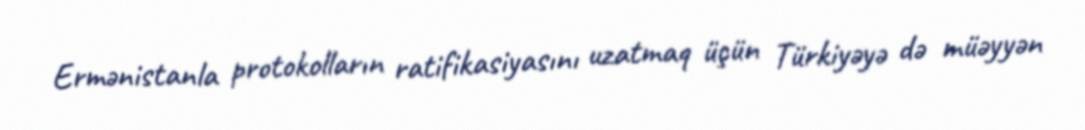
Ermənistanla protokolların ratifikasiyasını uzatmaq üçün Türkiyəyə də müəyyən